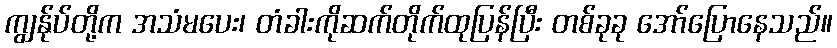
ကျွန်ုပ်တို့က အသံမပေး၊ တံခါးကိုဆက်တိုက်ထုပြန်ပြီး တစ်ခုခု အော်ပြောနေသည်။